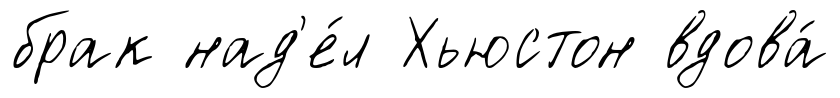
брак над'е́л Хьюстон вдова́